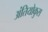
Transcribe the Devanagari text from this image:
अंतियोकुस